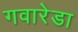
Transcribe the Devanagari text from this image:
गवारेडा